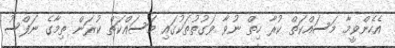
އެހެންވީމާ މަސައްކަތް ކުރާ ހިތް ނުވާ ވަގުތުތަކުގައި މަސައްކަތް ކުރަން ތިމާގެ ނަފްސު